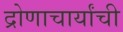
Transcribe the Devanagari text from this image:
द्रोणाचार्यांची